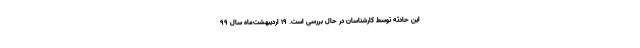
این حادثه توسط کارشناسان در حال بررسی است. ۱۹ اردیبهشت‌ماه سال ۹۹